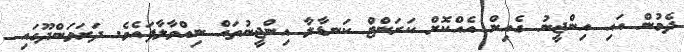
ދެމުން އައި އިންޖީނު ގެއިން އެއްކޮށް ކަރަންޓް ކަނޑާލާ އިންޖީނުތައް ނިއްވާލާފައެވެ. ދަރަވަންދޫގައި